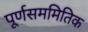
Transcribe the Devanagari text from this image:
पूर्णसममितिक